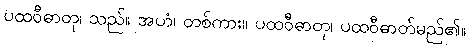
ပထဝီဓာတု၊ သည်။ အဟံ၊ တစ်ကား။ ပထဝီဓာတု၊ ပထဝီဓာတ်မည်၏။